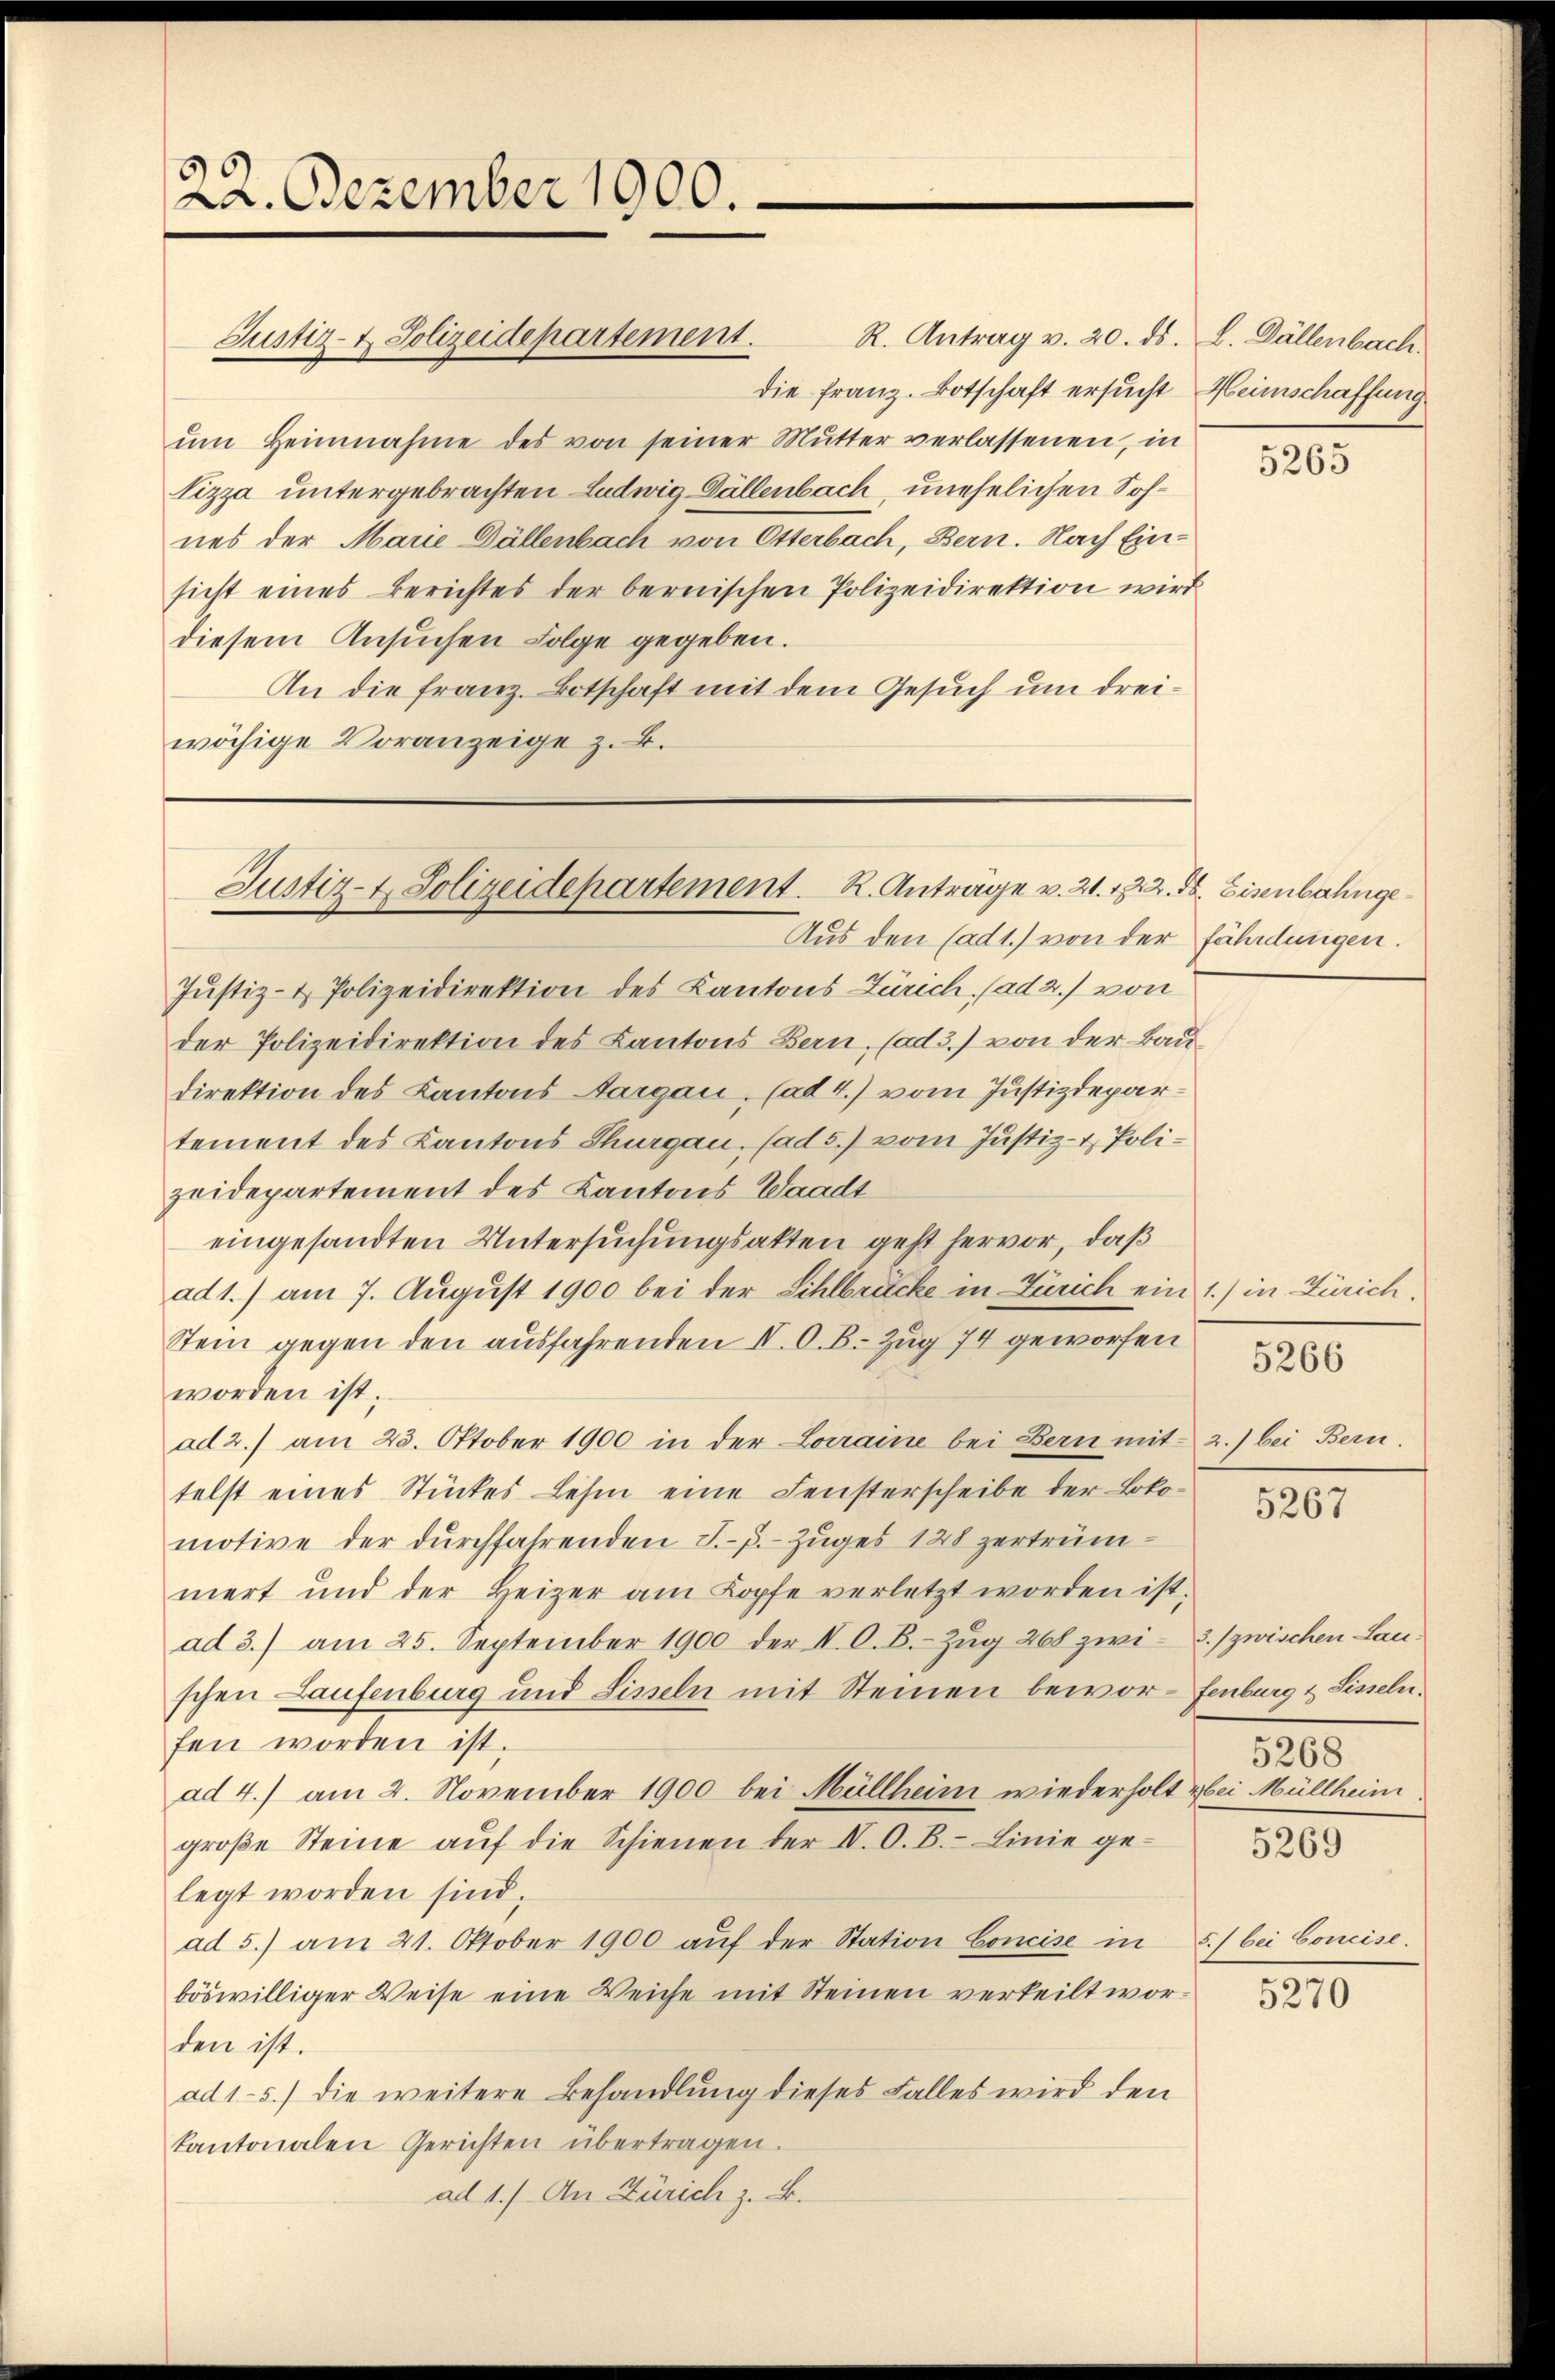
22. Dezember 1900.

ŭm Heinnahme des von seiner Mŭtter verlassenen, in
Nizza untergebrachten Ludwig Dällenbach, unehelichen Sohnes der Marie Dällenbach von Otterbach, Bern. Nach Einsicht eines Berichtes der bernischen Polizeidirektion wird
diesem Ansuchen Folge gegeben.
An die Franz. Botschaft mit dem Gesuch um dreiwächige Voranzeige z. B.

Justiz- & Polizeidepartement.

Justiz- & Polizeidepartement. R. Anträge v. 21. 122. ds. Eisenbahnge

Justiz- & Polizeidirektion des Kantons Zürich, (ad 2.) von
der Polizeidirektion des Kantons Bern, (ad 3.) von der Ban
direktion des Kantons Aargau, (ad 4.) vom Justizdepartement des Kantons Thurgau, (ad 5.) vom Justiz- & Polizeidepartement des Kantons Waadt
eingesandten Untersuchungsakten geht hervor, daß
ad 1.) am 7. August 1900 bei der Sihlbrücke in Zürich ein
Stein gegen den ausfahrenden I. O. B. Zug 74 geworfen
worden ist.
ad 2.) am 23. Oktober 1900 in der Lorraine bei Bern mit
telst eines Stückes Lehm eine Fensterscheibe der Lokomotive der durchfahrenden J.-ß.- Zuges 128 zertrümnert und der Heizer am Kopfe verletzt worden ist,
ad 3.) am 25. September 1900 der I. O. B. Zŭg 268 zwi-
schen Laufenburg und Linzeln mit Steinen beworfen worden ist.
ad 4.) am 2. November 1900 bei Müllheim wiederholt & bei Müllheim
groβe Steine aŭf die Schienen der IV. O. B. Linie ge-
legt worden sind.
ad 5.) am 21. Oktober 1900 aŭf der Station Concise in
böswilliger Weise eine Weiche mit Steinen verteilt wor-
den ist.
ad 1-5.) die weitere Behandlung dieses Falles wird den
kantonalen Gerichten übertragen.
ad 1.) An Zürich z. B.

R. Antrag v. 20. ds. L. Dällenbach.
die Franz. Botschaft ersucht. Heimschaffung

Aus den (ad 1.) von der fährdungen.

5.
¬

5265

21.) in Zürich.

.

5266

2.) bei Bern.

5267

3. zwischen Laufenburg & Sisseln.
5268

5269

5.) bei Concise.

5270